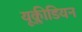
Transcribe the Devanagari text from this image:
यूक्लीडियन